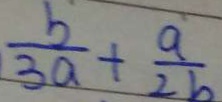
\frac { b } { 3 a } + \frac { a } { 2 b }